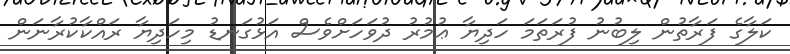
ކަލާގެ ފަރާތުން ލިބުނު ފުރަތަމަ ހަދިޔާ ޢުމުރު ދުވަހަށްވެސް އަޅުގަނޑު މިހަދިޔާ ރައްކާކުރާނަން